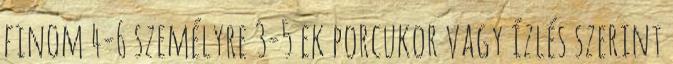
finom 4-6 személyre 3-5 ek porcukor vagy ízlés szerint